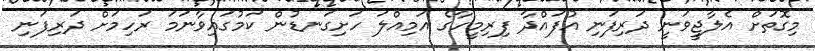
މިގޮތަށް އެލާޖީވަނީ ދަރިފަނި އުފައްދާ ފިރިމީހާގެ އަމިއްލަ ހަށިގަނޑުން ކަމުގައިވާނަމަ ރަހިމަށް ދަރިފަނި